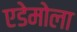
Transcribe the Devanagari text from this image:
एडेमोला